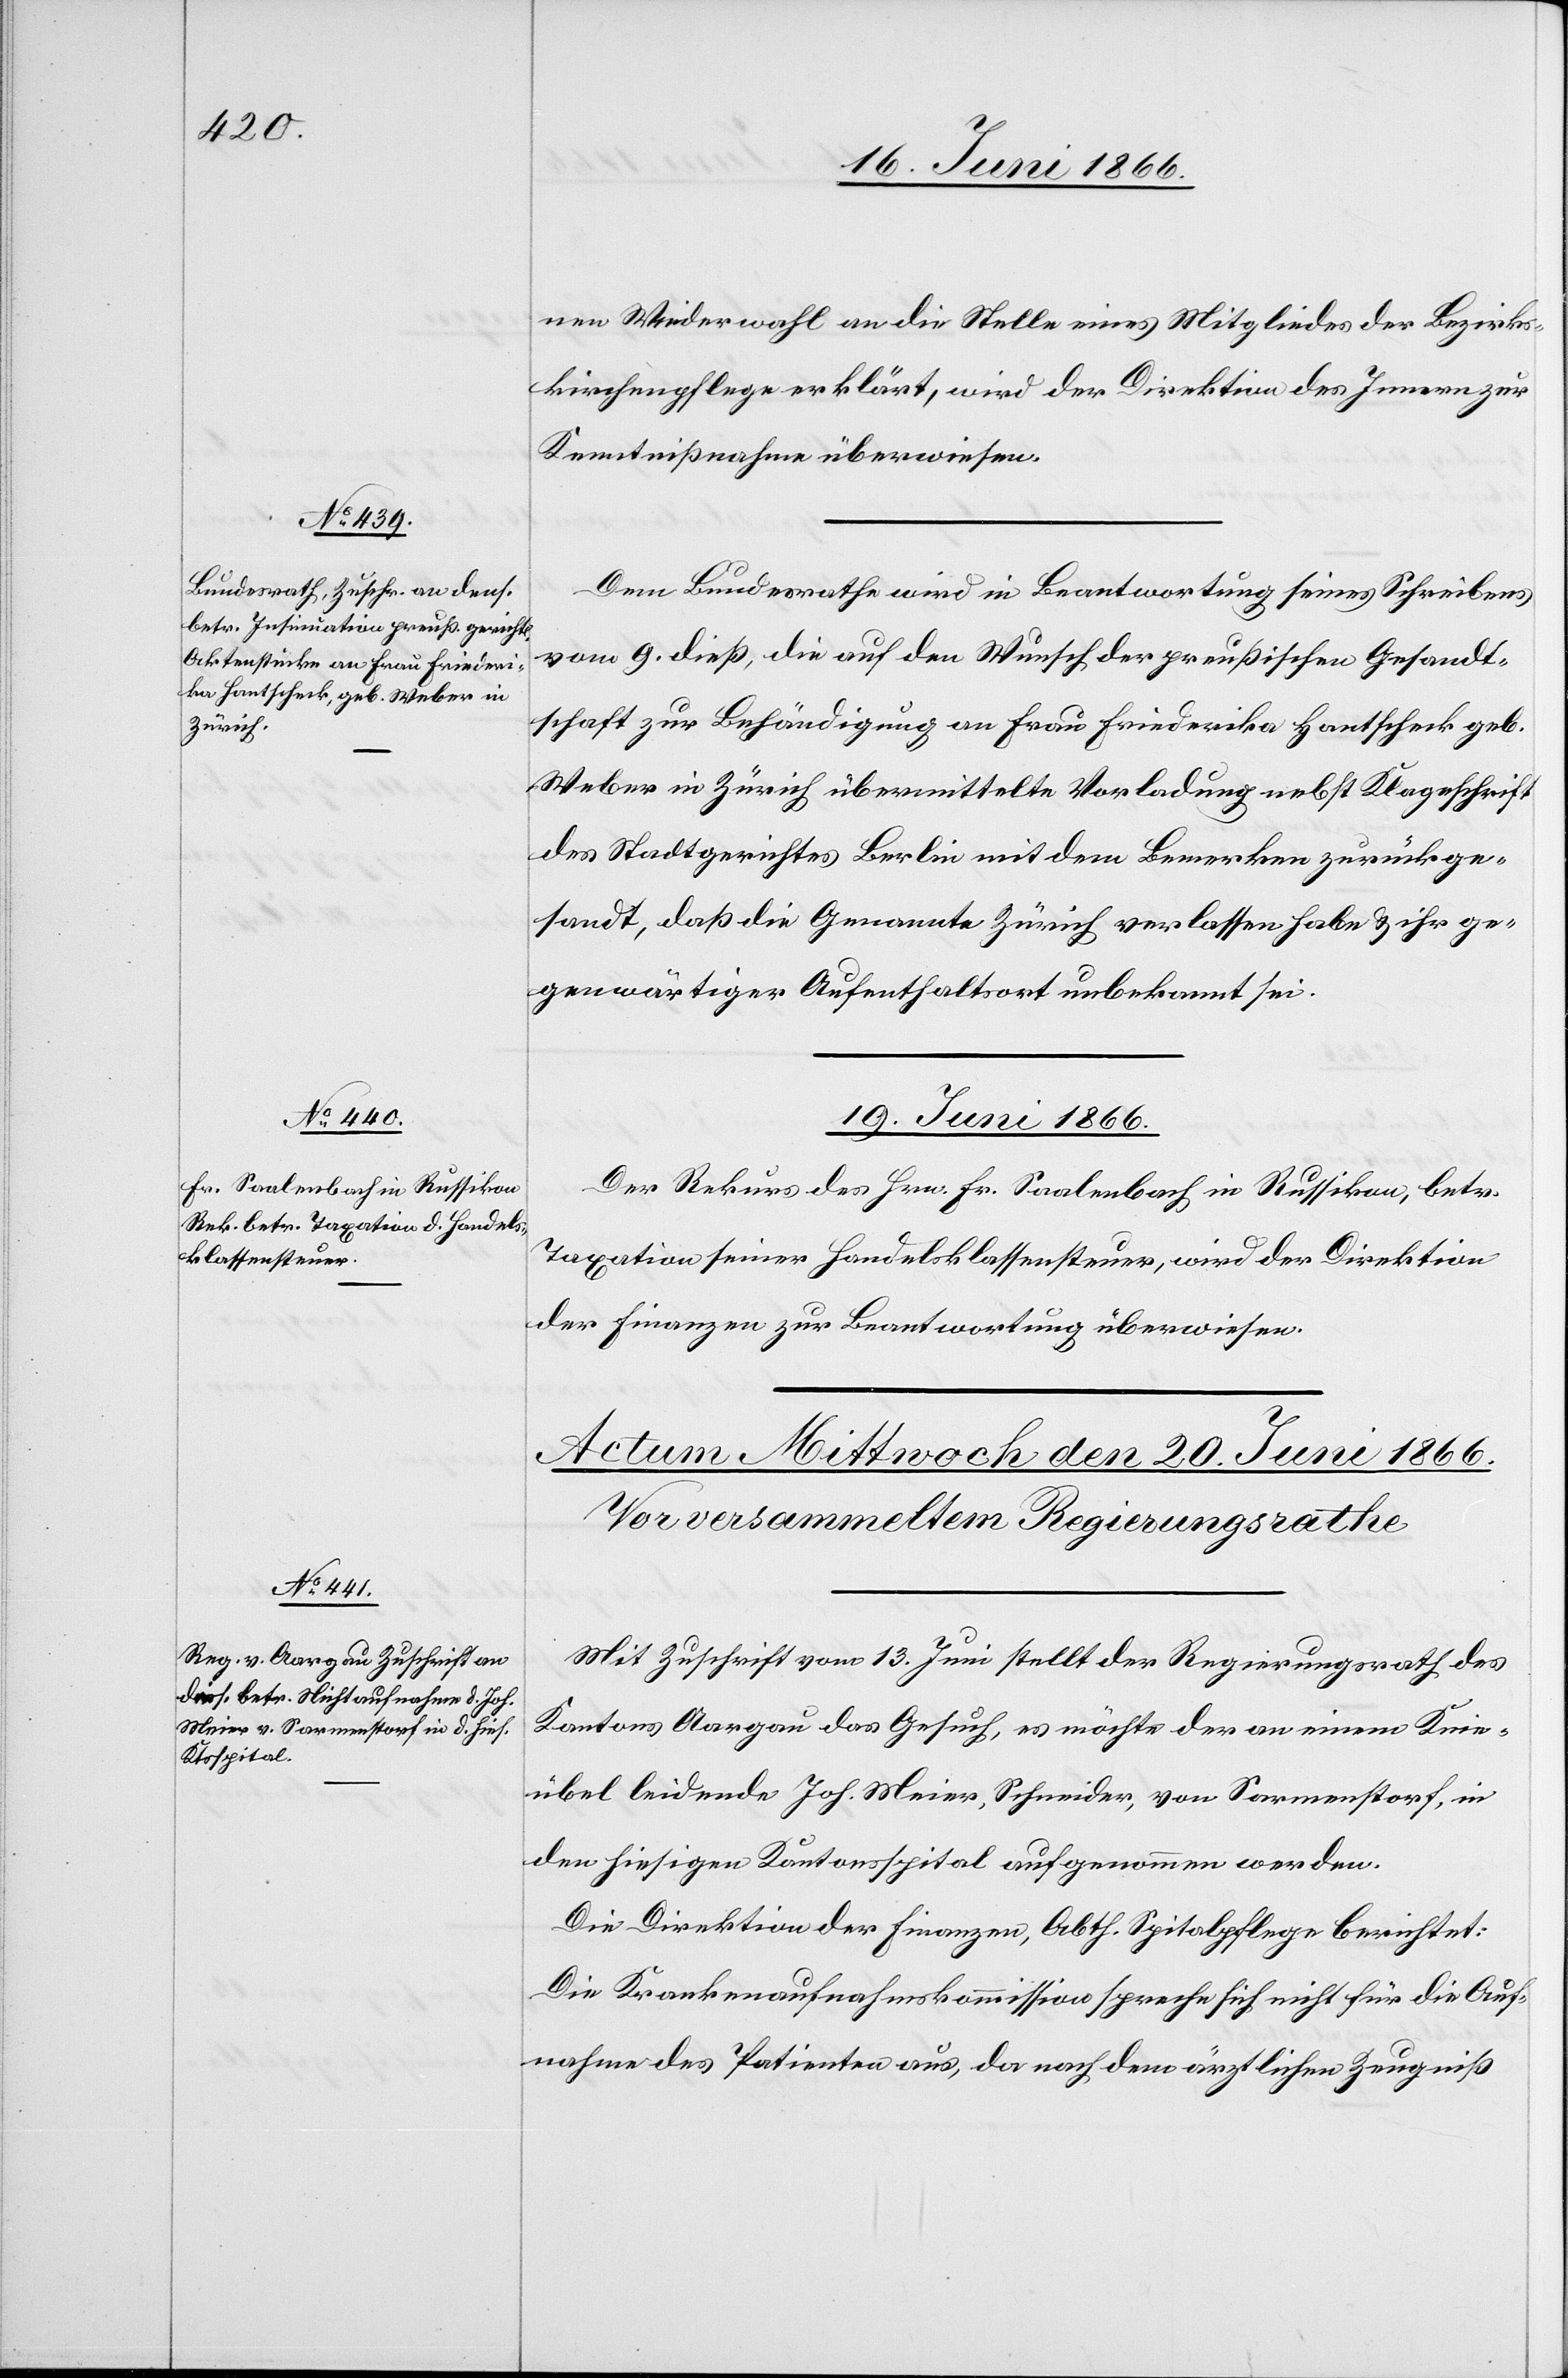
18. Juni 1866.]
nen Wahl an die Stelle eines Mitgliedes der Bezirks¬
kirchenpflege erklärt, wird der Direktion des Innern zur
Kenntnißnahme überwiesen.
Dem Bundesrathe wird in Beantwortung seines Schreibens
vom 9. dieß, die auf den Wunsch der preußischen Gesandt¬
schaft zur Behändigung an Frau Friederika Hantschenk geb.
Weber in Zürich übermittelte Vorladung nebst Klageschrift
des Stadtgerichtes Berlin mit dem Bemerken zurückge¬
sandt, daß die Genannte Zürich verlassen habe u. ihr ge¬
genwärtiger Aufenthaltsort unbekannt sei.
19. Juni 1866.
Der Rekurs des Hrn. Fr. Saalenbach in Russikon, betr.
Taxation seiner Handelsklassensteuer, wird der Direktion
der Finanzen zur Beantwortung überwiesen.
Mit Zuschrift vom 13. Juni stellt der Regierungsrath des
Kantons Aargau das Gesuch, es möchte der an einem Knie¬
übel leidende Joh. Meier, Schneider, von Sarmenstorf, in
den hiesigen Kantonsspital aufgenommen werden.
Die Direktion der Finanzen, Abth. Spitalpflege berichtet:
Die Krankenaufnahmekommission spreche sich nicht für die Auf¬
nahme des Patienten aus, da nach dem ärztlichen Zeugniß